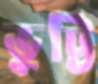
ভুট্টি